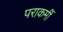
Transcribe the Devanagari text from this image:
पराकर्मी